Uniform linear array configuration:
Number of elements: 48
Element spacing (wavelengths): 1
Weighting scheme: exponential
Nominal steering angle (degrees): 45
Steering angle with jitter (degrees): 46.091
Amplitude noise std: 0.05
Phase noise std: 0.05

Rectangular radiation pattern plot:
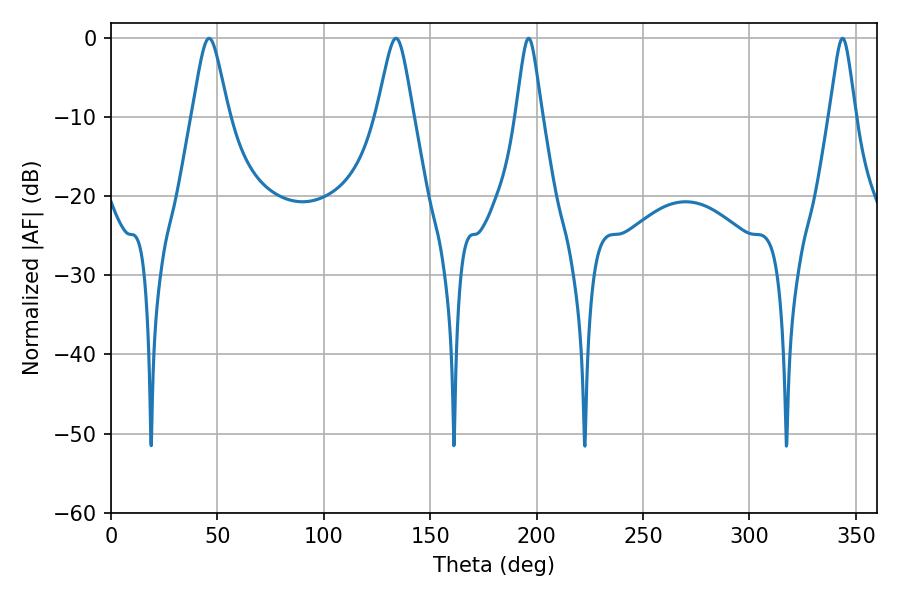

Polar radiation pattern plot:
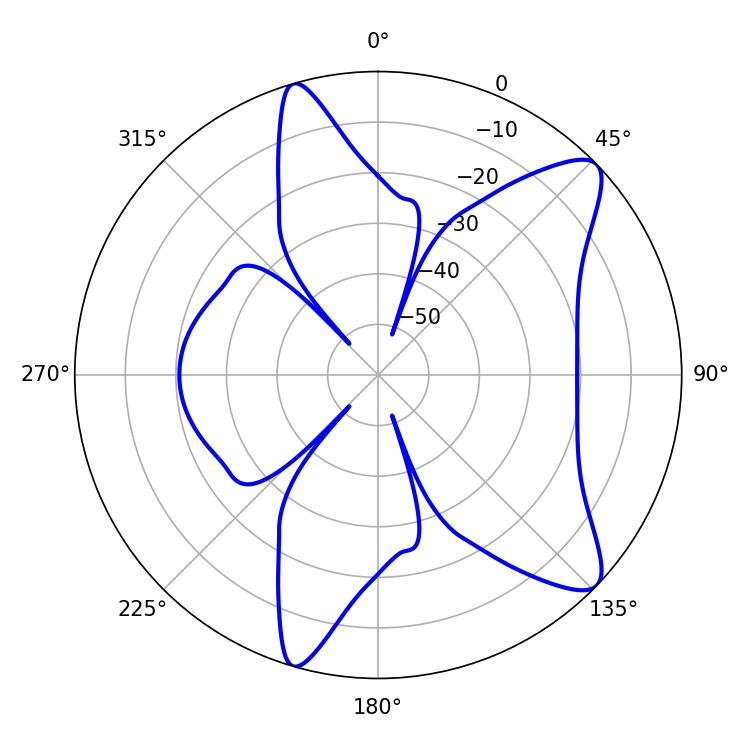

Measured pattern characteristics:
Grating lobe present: TRUE
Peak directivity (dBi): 10.281
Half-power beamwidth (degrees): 8.28
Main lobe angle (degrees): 46.08